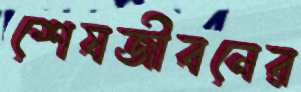
শেষজীবনের